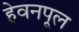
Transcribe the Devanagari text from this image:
हेवनपूल